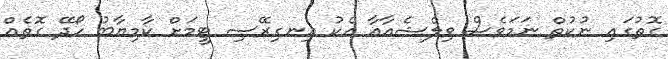
ގޮތުގައި ނުކުތް ނަމަވެސް ވިލްޝެއާއާ އެކު އިނގިރޭސި ޓީމަށް ކާމިޔާބު ހޯދޭ ގޮތެއް